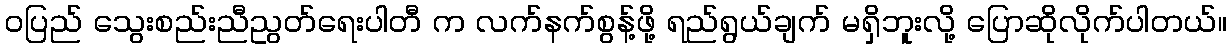
ဝပြည် သွေးစည်းညီညွတ်ရေးပါတီ က လက်နက်စွန့်ဖို့ ရည်ရွယ်ချက် မရှိဘူးလို့ ပြောဆိုလိုက်ပါတယ်။